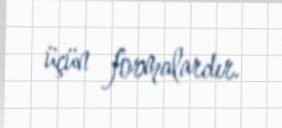
üçün formalardır.